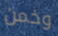
وخمن